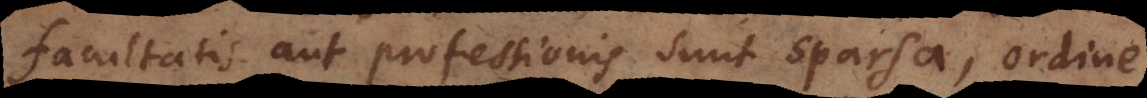
facultatis aut professionis sunt sparsa, ordine